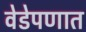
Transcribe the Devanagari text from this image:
वेडेपणात